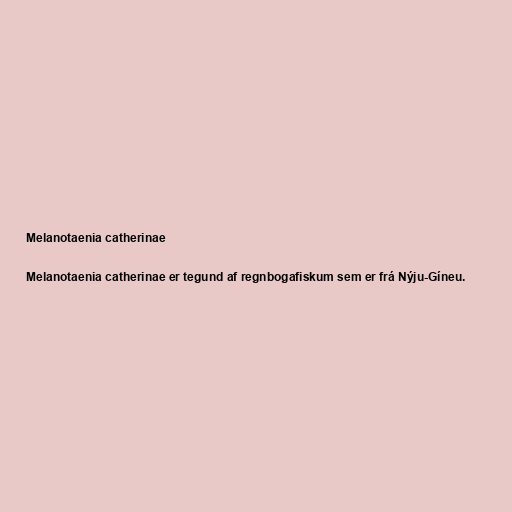
Melanotaenia catherinae

Melanotaenia catherinae er tegund af regnbogafiskum sem er frá Nýju-Gíneu.